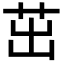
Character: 茁